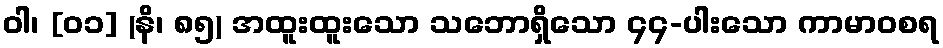
ဝါ၊ [၀၁] (နိ၊ ၈၅) အထူးထူးသော သဘောရှိသော ၄၄-ပါးသော ကာမာဝစရ